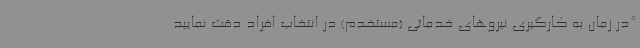
*در زمان به کارگیری نیروهای خدماتی (مستخدم) در انتخاب افراد دقت نمایید